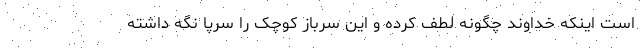
است اینکه خداوند چگونه لطف کرده و این سرباز کوچک را سرپا نگه داشته